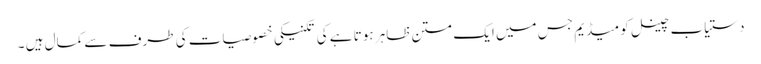
دستیاب چینل کو میڈیم جس میں ایک متن ظاہر ہوتا ہے کی تکنیکی خصوصیات کی طرف سے کمال ہیں ۔